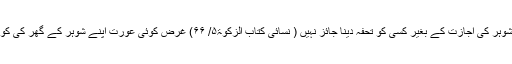
رسول اللہ ﷺ نے فر مایا کہ کسی عورت کیلئے اپنے شوہر کی اجازت کے بغیر کسی کو تحفہ دینا جائز نہیں ( نسائی کتاب الزکوۃ۵/ ۶۶) غرض کوئی عورت اپنے شوہر کے گھر کی کوئی چیز اس کی اجازت کے بغیر خرچ نہیں کر سکتی۔